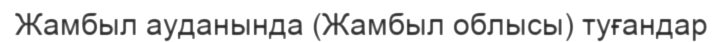
Жамбыл ауданында (Жамбыл облысы) туғандар